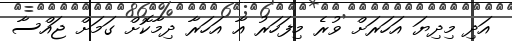
އަދި މިދިޔަ އަހަރަށް ވުރެ މިފަހަރު އާ އަހަރާ ދިމާކޮށް ގަމަށް ޖައްސާ